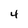
Character: 4